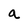
Character: a